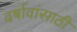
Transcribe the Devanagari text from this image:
वर्षावांसाठी